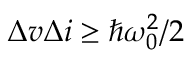
\Delta v \Delta i \ge \hbar \omega _ { 0 } ^ { 2 } / 2